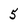
Character: 5